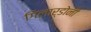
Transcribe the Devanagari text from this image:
गिलार्डोनी